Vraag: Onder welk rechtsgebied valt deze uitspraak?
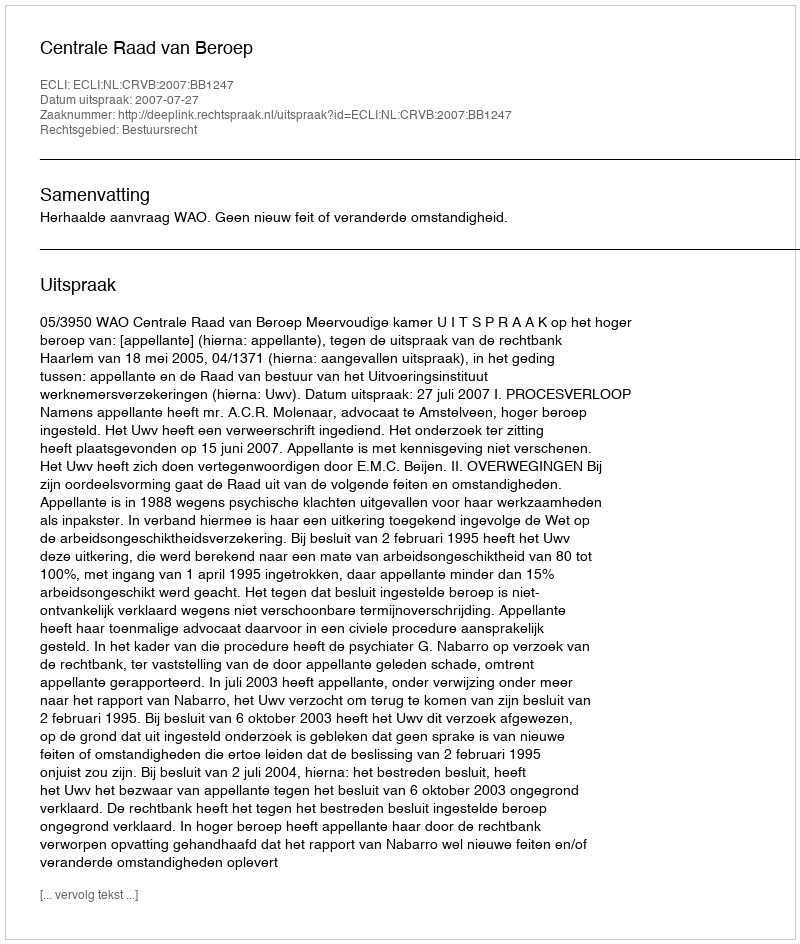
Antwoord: Bestuursrecht